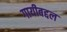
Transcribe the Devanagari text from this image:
गायीबद्दल